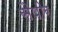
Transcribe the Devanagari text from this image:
सैपीर